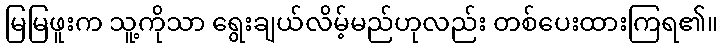
မြမြဖူးက သူ့ကိုသာ ရွေးချယ်လိမ့်မည်ဟုလည်း တစ်ပေးထားကြရ၏။